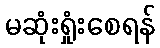
မဆုံးရှုံးစေရန်